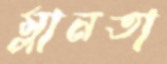
ম্লানতা